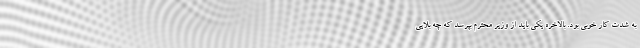
به شدت کار خوبی بود. بالاخره یکی باید از وزیر محترم بپرسد که چه بلایی